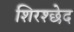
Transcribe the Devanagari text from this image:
शिरश्छेद